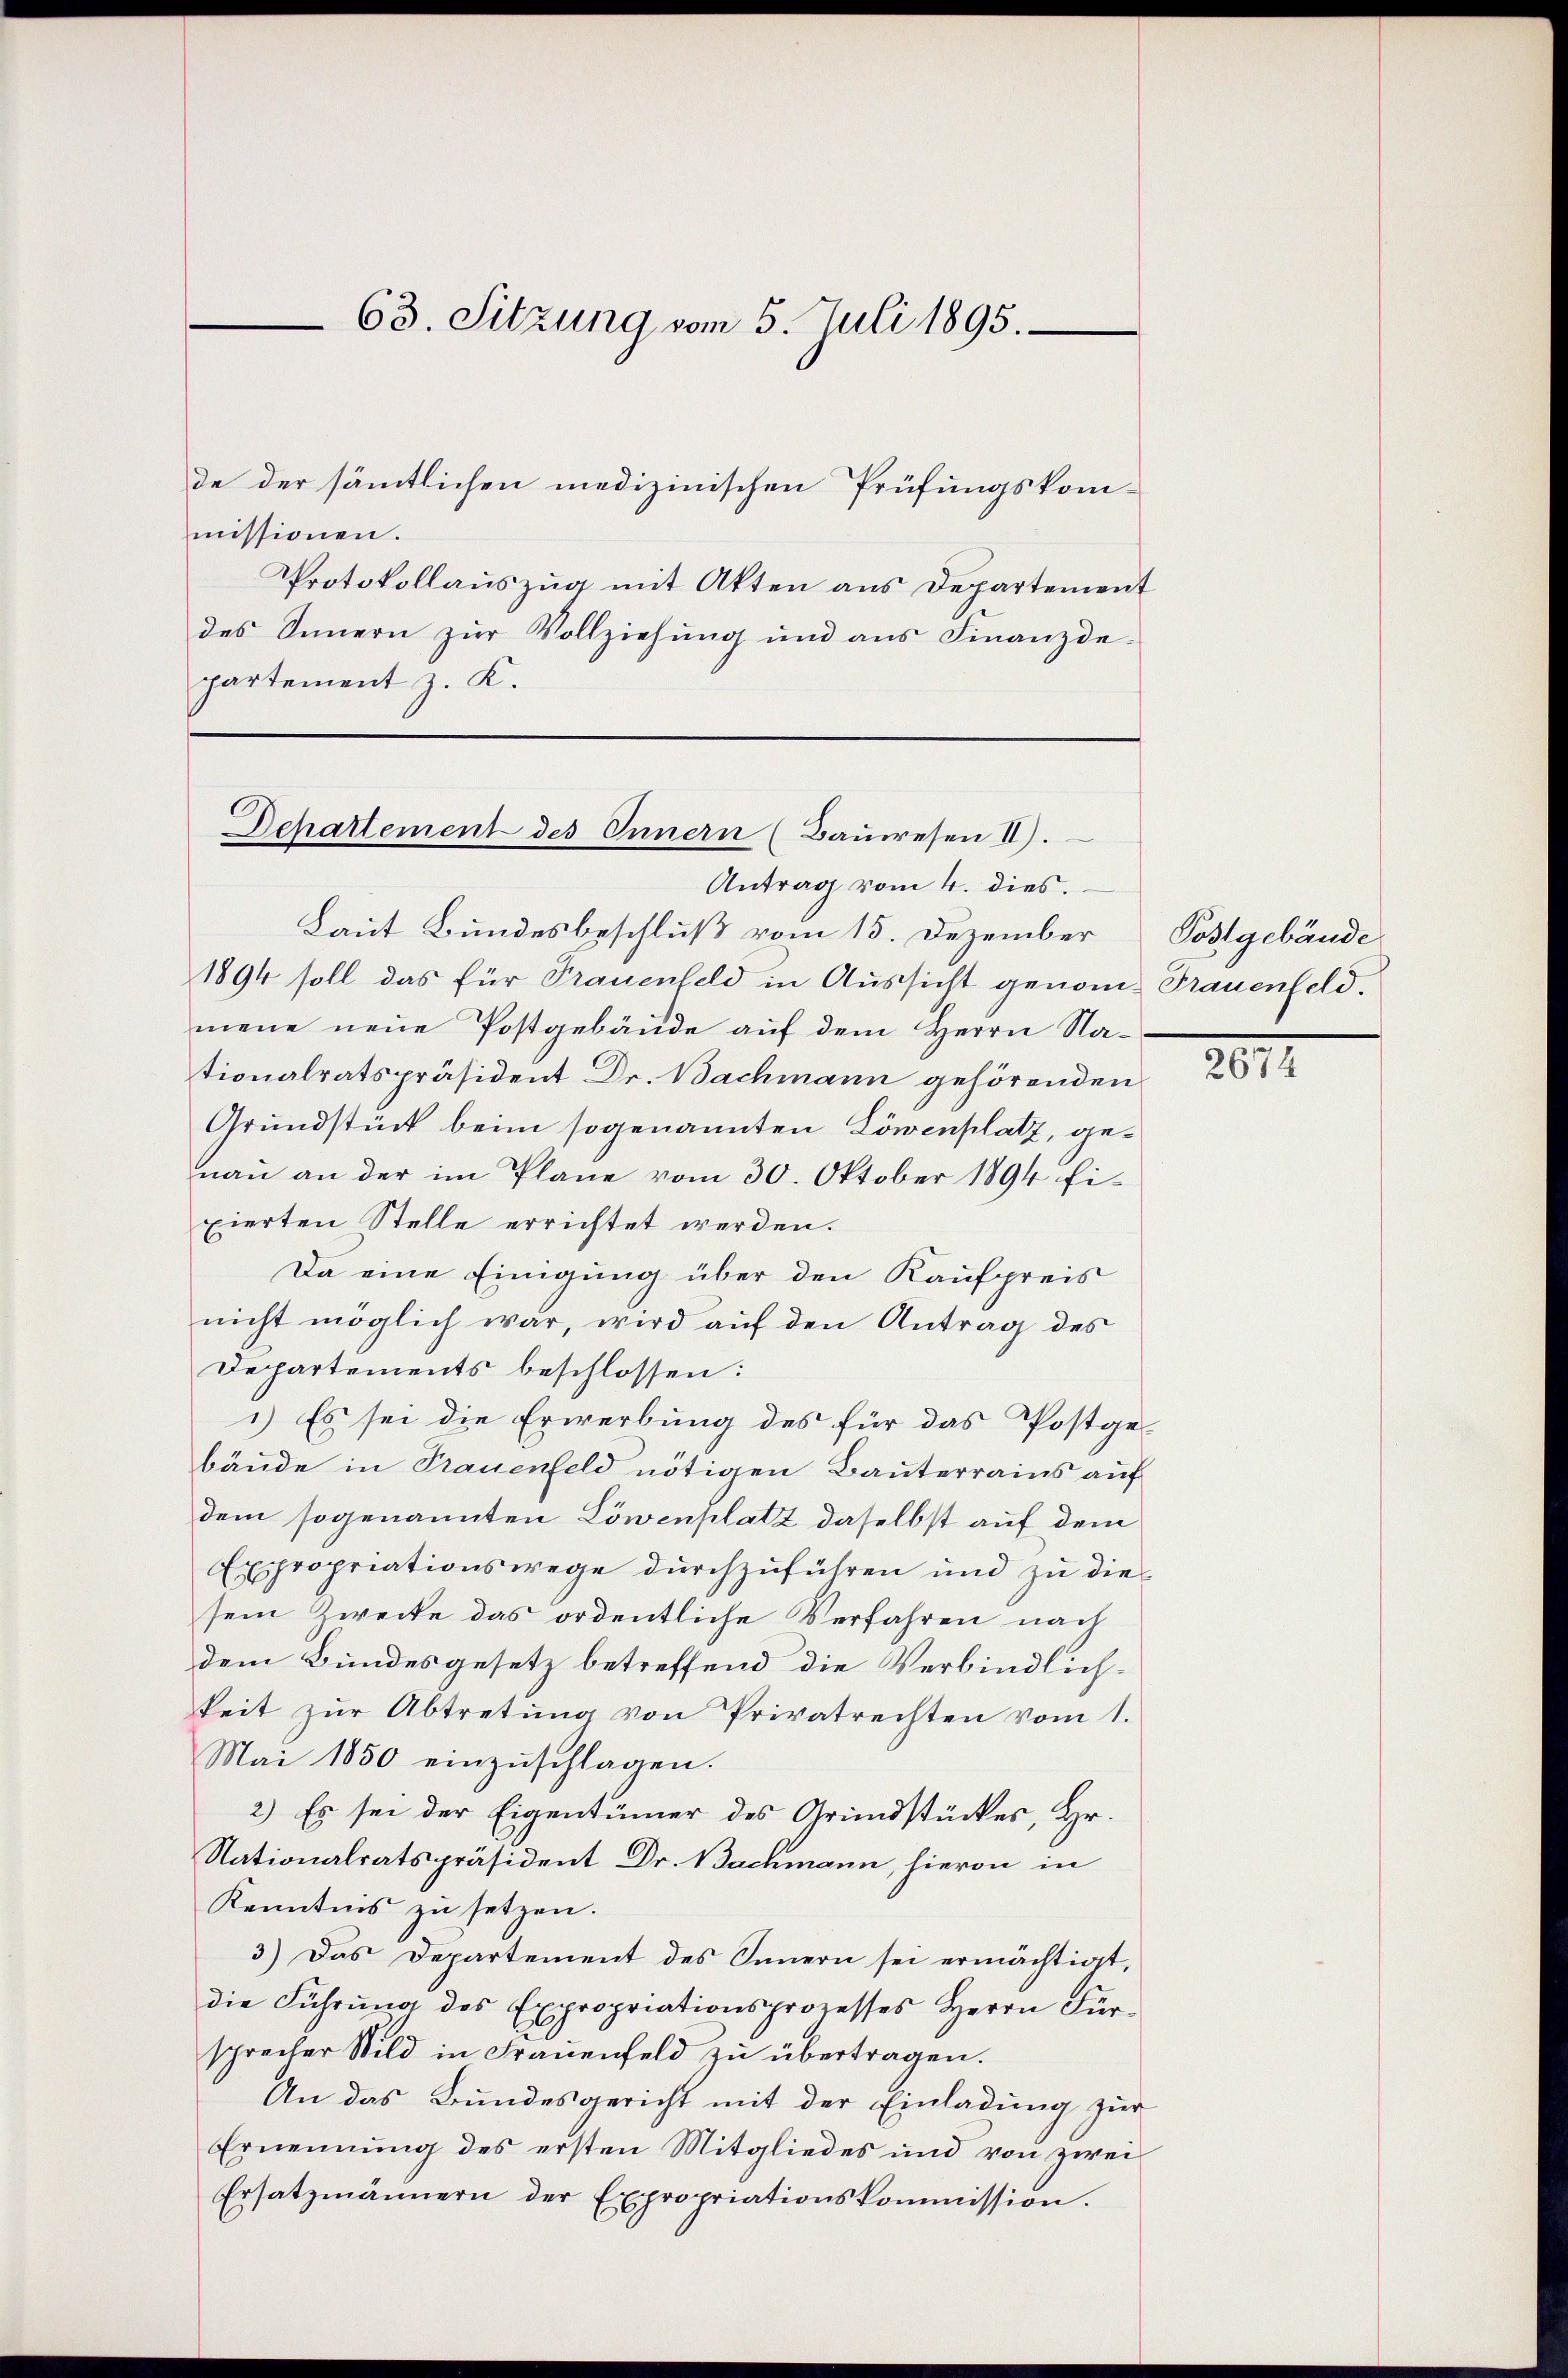
63. Sitzung vom 5. Juli 1895.

de der sämmtlichen medizinischen Prüfungskom-
missionen.
Protokollauszug mit Akten aus Departement
des Innern zŭr Vollziehŭng und ans Finanzde-
partement z. K.

Schattement des Innern (Bauwesen II).

Antrag vom 4. dies.
Laut Bundesbeschluß vom 15. Dezember
1894 soll das für Trauenfeld in Aussicht genom- Trauenfeld.
mene neue Postgebäude auf dem Herrn Nationalratspräsident Dr. Bachmann gehörenden
Grundstück beim sogenannten Löwenplatz, genau an der im Plane vom 30. Oktober 1894 fi-
xierten Stelle errichtet werden.
Da eine Einigung über den Kaufpreis
nicht möglich war, wird auf den Antrag des
Departements beschlossen:
1) Es sei die Erwerbung des für das Postge-
bäude in Trauenfeld nötigen Bauterrains auf
dem sogenannten Löwenplatz daselbst auf dem
Expropriationswege durchzuführen und zu diesem Zwecke das ordentliche Verfahren nach
dem Bundesgesetz betreffend die Verbindlich-
keit zŭr Abtretŭng von Privatrechten vom 1.
Mai 1850 einzuschlagen.
2) Es sei der Eigentümer des Grundstückes, Hr.
Nationalratspräsident Dr. Bachmann, hievon in
Kenntnis zu setzen.
3) Das Departement des Innern sei ermächtigt,
die Führung des Expropriationsprozesses Herrn Fürsprecher Wild in Fraŭenfeld zŭ übertragen.
An das Bundesgericht mit der Einladung zur
Ernennung des ersten Mitgliedes und von zwei
Ersatzmännern der Expropriationskommission.

Postgebäude

281.